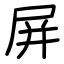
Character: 屏